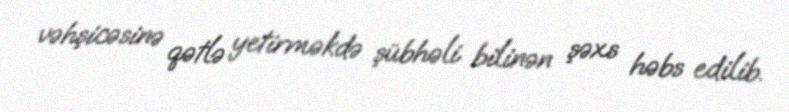
vəhşicəsinə qətlə yetirməkdə şübhəli bilinən şəxs həbs edilib.